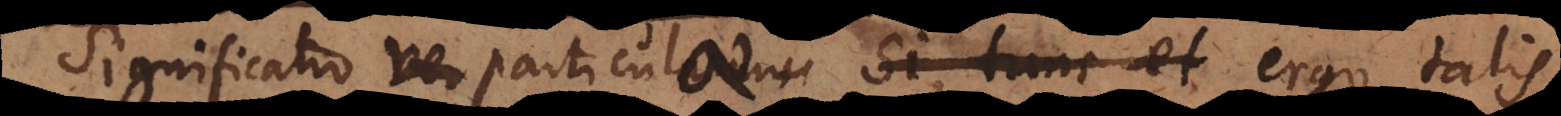
Significatio ver particularum si, tunc et particulae